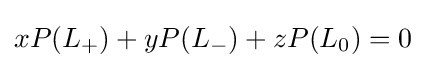
xP(L_{+})+yP(L_{-})+zP(L_{0})=0